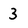
Character: 3